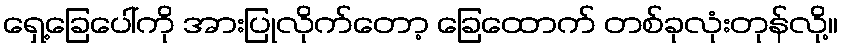
ရှေ့ခြေပေါ်ကို အားပြုလိုက်တော့ ခြေထောက် တစ်ခုလုံးတုန်လို့။